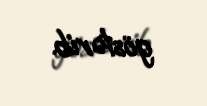
göstərib.